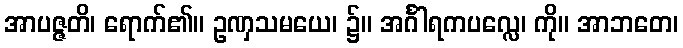
အာပဇ္ဇတိ၊ ရောက်၏။ ဥဏှသမယေ၊ ၌။ အင်္ဂါရကပလ္လေ၊ ကို။ အာဘတေ၊